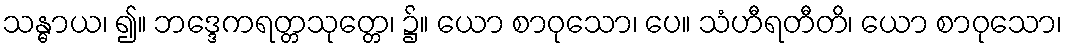
သန္ဓာယ၊ ၍။ ဘဒ္ဒေကရတ္တသုတ္တေ၊ ၌။ ယော စာဝုသော၊ ပေ။ သံဟီရတီတိ၊ ယော စာဝုသော၊